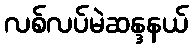
လစ်လပ်မဲဆန္ဒနယ်